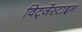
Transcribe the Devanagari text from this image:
विट्जेंस्टाइन